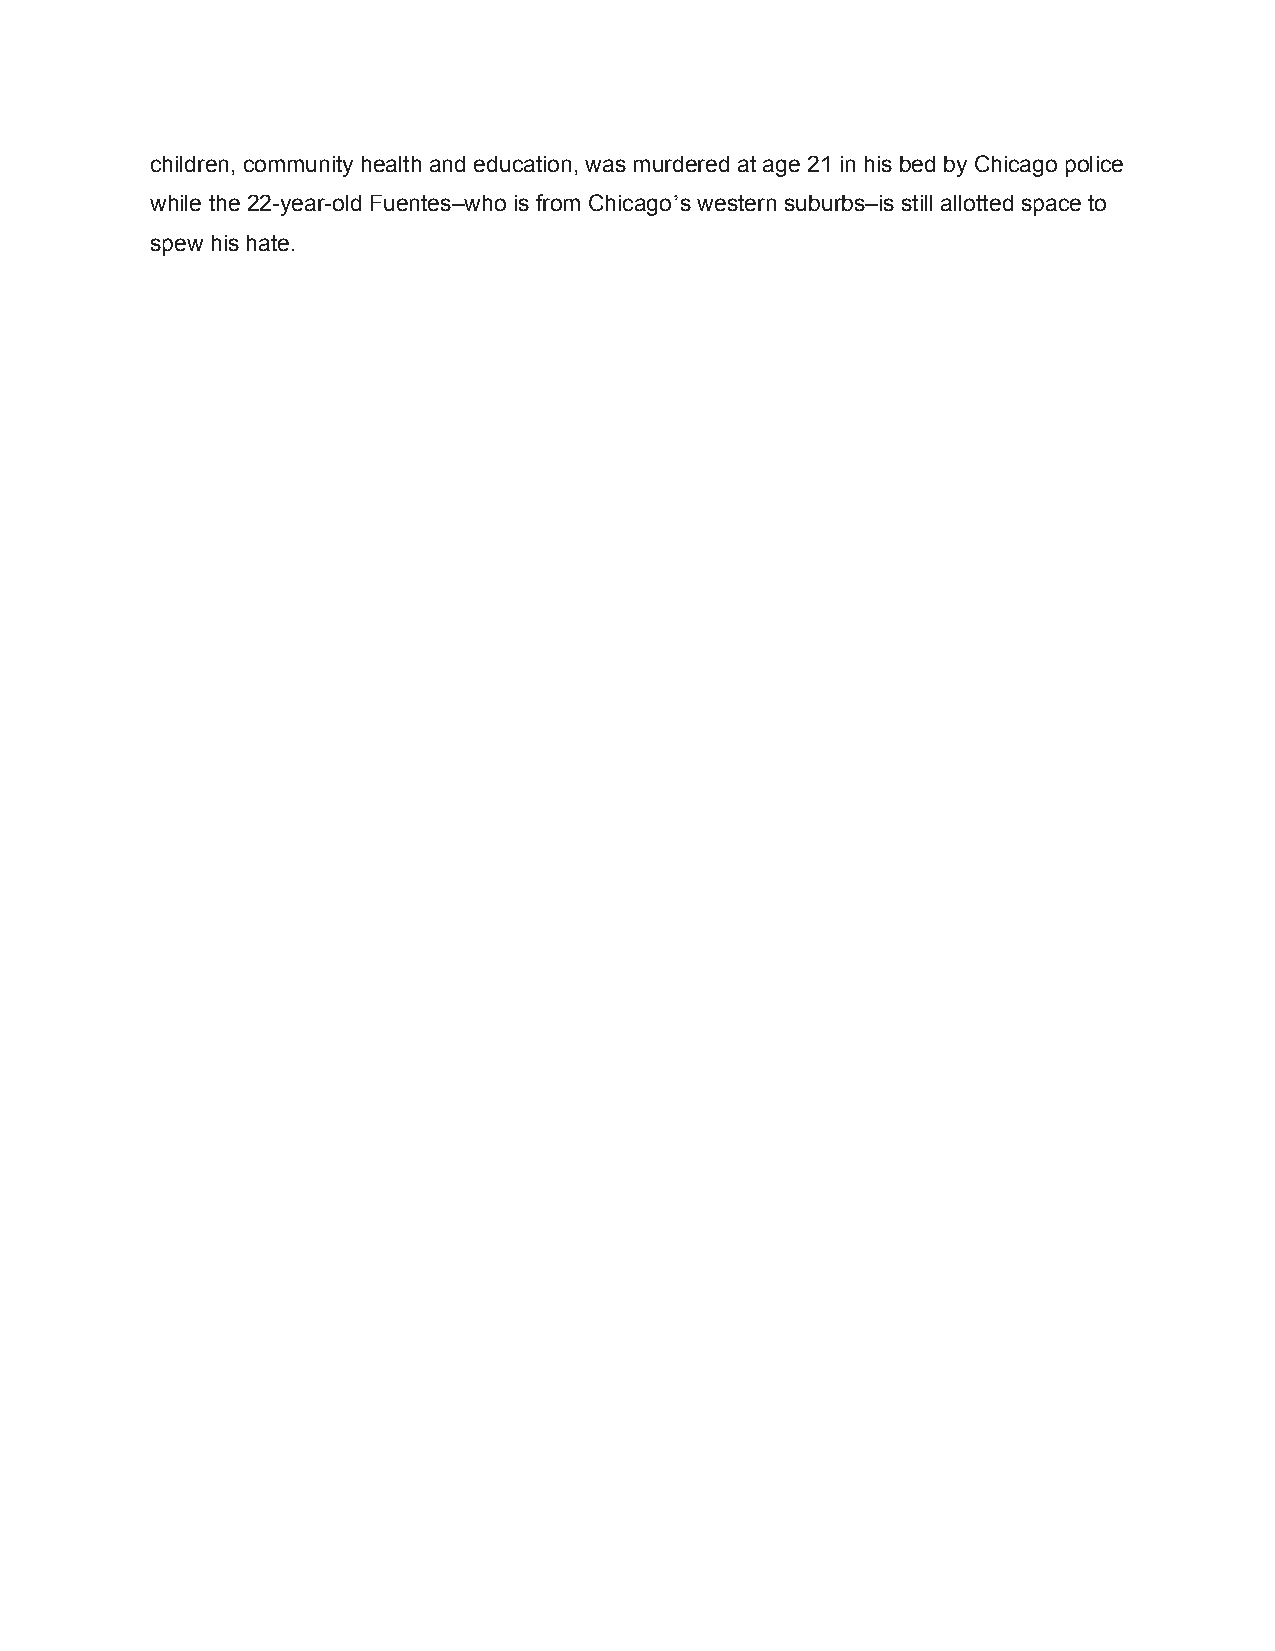
children, community health and education, was murdered at age 21 in his bed by Chicago police
 while the 22-year-old Fuentes–who is from Chicago’s western suburbs–is still allotted space to
 spew his hate.